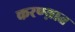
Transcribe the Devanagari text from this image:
करण्य़ात